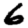
Digit: 6